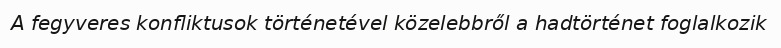
A fegyveres konfliktusok történetével közelebbről a hadtörténet foglalkozik